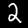
Digit: 2